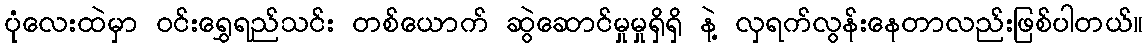
ပုံလေးထဲမှာ ဝင်းရွှေရည်သင်း တစ်ယောက် ဆွဲဆောင်မှုမှုရှိရှိ နဲ့ လှရက်လွန်းနေတာလည်းဖြစ်ပါတယ်။